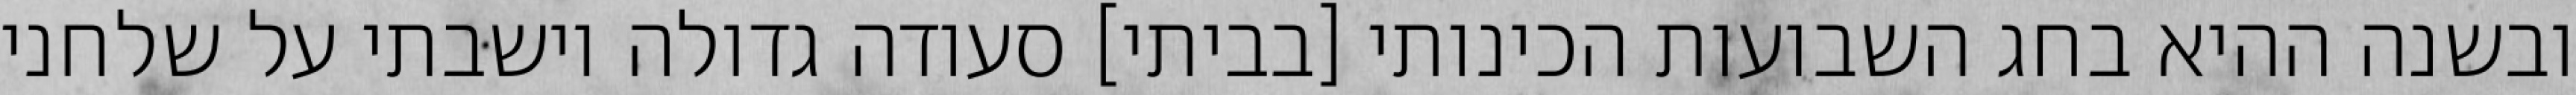
ובשנה ההיא בחג השבועות הכינותי [בביתי] סעודה גדולה וישבתי על שלחני